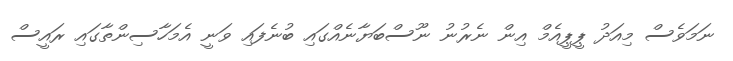
ނަމަވެސް މިއަދު ޕީޕީއެމް އިން ނެރުނު ނޫސްބަޔާނެއްގައި ބުނެފައި ވަނީ އެމަހާސިންތާގައި ރައީސް